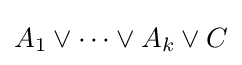
A_{1}\lor \cdots \lor A_{k}\lor C